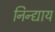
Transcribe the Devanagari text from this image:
निन्द्याय